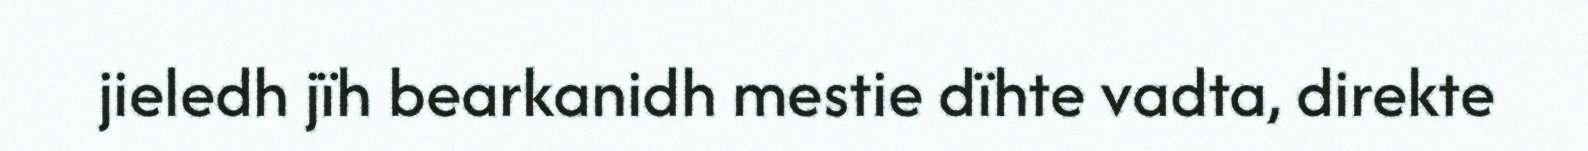
jieledh jïh bearkanidh mestie dïhte vadta, direkte